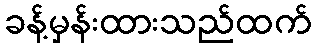
ခန့်မှန်းထားသည်ထက်